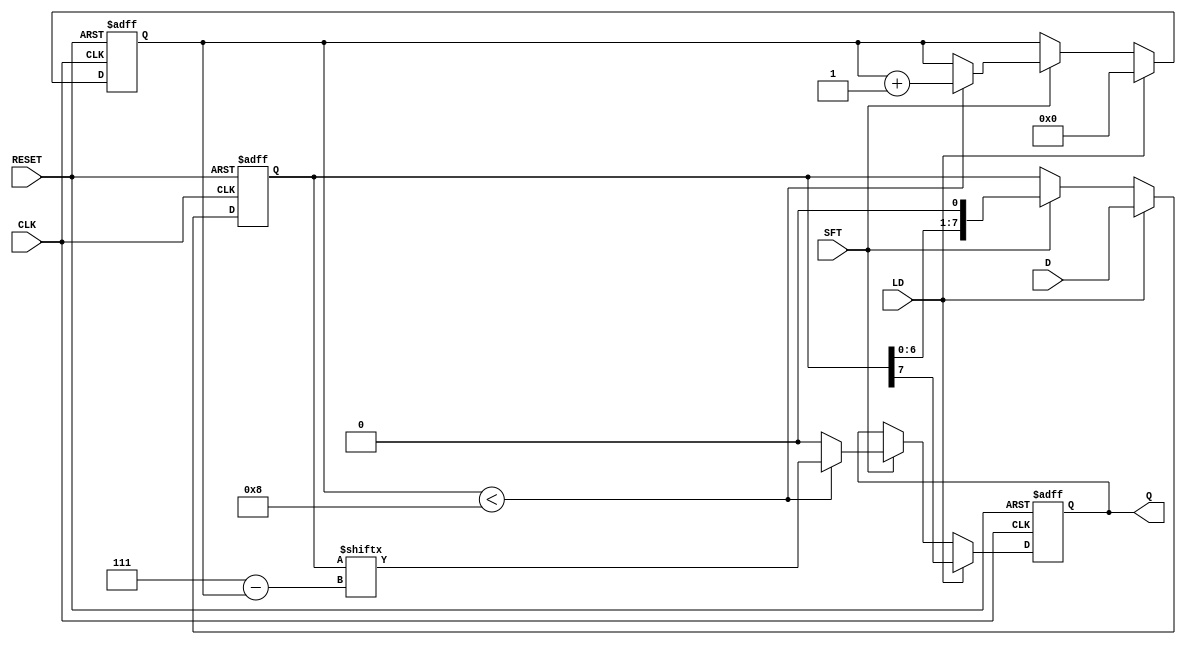
module piso_register #(
    parameter N = 8 // Define the number of bits in the register
)(
    input wire [N-1:0] D,    // Parallel input data
    input wire LD,            // Load control signal
    input wire SFT,           // Shift control signal
    input wire CLK,           // Clock signal
    input wire RESET,         // Asynchronous reset signal
    output reg Q              // Serial output
);

    reg [N-1:0] shift_reg;    // Shift register to hold the input data
    reg [N-1:0] count;        // Count shifts for output and control

    always @(posedge CLK or posedge RESET) begin
        if (RESET) begin
            shift_reg <= 0;    // Clear the shift register
            Q <= 0;            // Clear output
            count <= 0;        // Clear the count
        end else begin
            if (LD) begin
                shift_reg <= D; // Load data into the shift register
                Q <= shift_reg[N-1]; // Output MSB
                count <= 0;     // Reset count on new load
            end else if (SFT) begin
                if (count < N) begin
                    Q <= shift_reg[N-1 - count]; // Output current MSB
                    count <= count + 1; // Increment count for next output
                end else begin
                    Q <= 0; // When all bits shifted out, set Q to zero
                end
                // Shift data left; fill with zeros at LSB
                shift_reg <= {shift_reg[N-2:0], 1'b0};
            end
        end
    end

endmodule